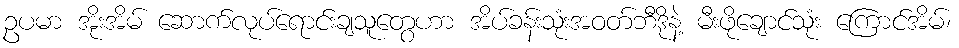
ဥပမာ အိုးအိမ် ဆောက်လုပ်ရောင်းချသူတွေဟာ အိပ်ခန်းသုံးအဝတ်ဘီဒိုနဲ့ မီးဖိုချောင်သုံး ကြောင်အိမ်၊